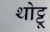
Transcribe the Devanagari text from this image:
थोट्टू